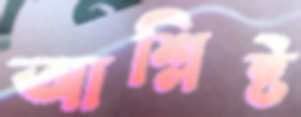
আশ্লিষ্ট